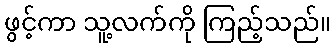
ဖွင့်ကာ သူ့လက်ကို ကြည့်သည်။